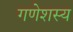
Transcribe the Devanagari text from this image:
गणेशस्य